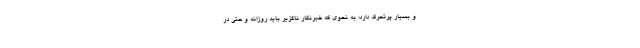
و بسیار پرتحرک دارد؛ به نحوی که خبرنگار ناگزیر باید روزانه و حتی در